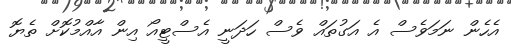
އެހެން ނަމަވެސް އެ އަގުތައް ވެސް ހަދަނީ އެސްޓީއޯ އިން އާއްމުކޮށް ތެޔޮ